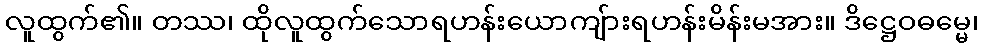
လူထွက်၏။ တဿ၊ ထိုလူထွက်သောရဟန်းယောကျ်ားရဟန်းမိန်းမအား။ ဒိဋ္ဌေဝဓမ္မေ၊